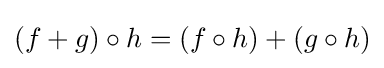
(f+g)\circ h=(f\circ h)+(g\circ h)